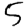
Digit: 5